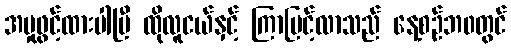
အမှုဖွင့်ထားပါပြီ ထိုလူငယ်နှင့် ကြာမြင့်လာသည် နေ့စဉ်ဘ၀တွင်